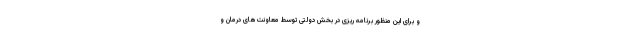
و برای این منظور برنامه ریزی در بخش دولتی توسط معاونت‌های درمان و